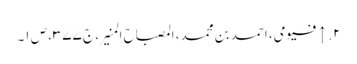
۲. ↑ فیومی، احمد بن محمد، المصباح المنیر، ج ۳۷۷، ص ۱۔